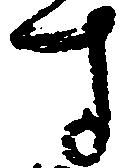
す